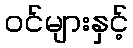
ဝင်များနှင့်